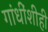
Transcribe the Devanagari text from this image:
गांधींशीही